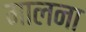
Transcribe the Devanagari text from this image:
मालना